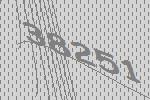
38251